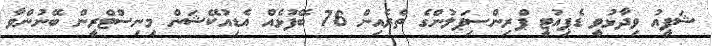
ޝަފީއު ވިދާޅުވީ ޑެޕިއުޓީ ޕްރިންސިޕަލުންގެ ތެރެއިން 76 ބޭފުޅެއް އެޑިއުކޭޝަން މިނިސްޓްރީން ބޭނުންވާ